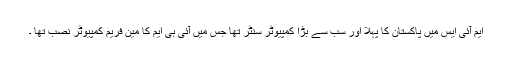
ایم آئی ایس میں پاکستان کا پہلا اور سب سے بڑا کمپیوٹر سنٹر تھا جس میں آئی بی ایم کا مین فریم کمپیوٹر نصب تھا ۔